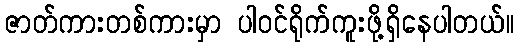
ဇာတ်ကားတစ်ကားမှာ ပါဝင်ရိုက်ကူးဖို့ရှိနေပါတယ်။